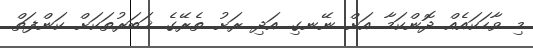
މި ވާހަކައެއް ދޮންކަމާ އަށް ނޭނގި އަދި ރަށު ތެރޭގެ ޚަބަރުތަކަށް ކަންފަތް